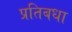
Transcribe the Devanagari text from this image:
प्रतिबधा